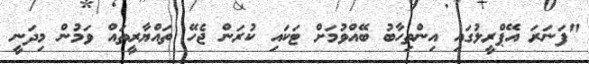
"ފަނަރަ އޭޕްރީލުގައި އިންތިހާބު ބޭއްވުމަށް ޓަކައި ކުރަން ޖެހޭ ތައްޔާރީތައް ވަމުން މިދަނީ